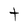
Character: t